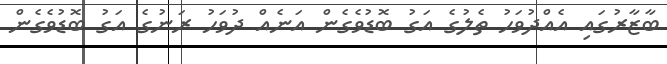
ބާޒާރުގައި އެއްދުވަހު ތެލުގެ އަގު ބޮޑުވެގެން އަނެއް ދުވަހު ރަނުގެ އަގު ބޮޑުވެގެން